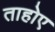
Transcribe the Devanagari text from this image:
ताहोए